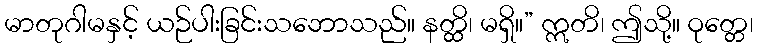
မာတုဂါမနှင့် ယဉ်ပါးခြင်းသဘောသည်။ နတ္ထိ၊ မရှိ။” ဣတိ၊ ဤသို့။ ဝုတ္တေ၊